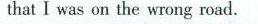
that I was on the wrong road.